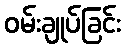
ဝမ်းချုပ်ခြင်း